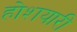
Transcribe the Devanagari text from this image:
होशयारी